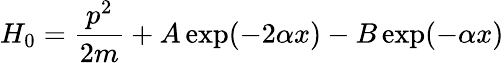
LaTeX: H_{0}=\frac{p^{2}}{2m}+A\exp(-2\alpha x)-B\exp(-\alpha x)